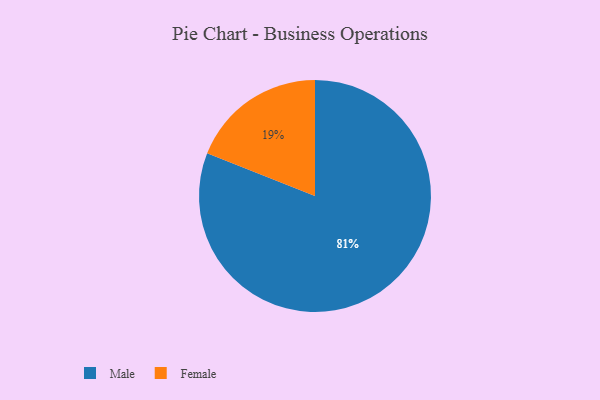
{"axis": {"x": "Category", "y": "Percentage"}, "legend": ["Female", "Male"], "data": [{"x": "Female", "y": 19, "type": "Female"}, {"x": "Male", "y": 81, "type": "Male"}]}